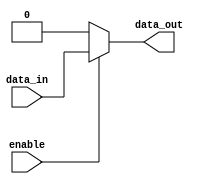
module buffer_with_enable(
    input wire data_in,
    input wire enable,
    output reg data_out
);

always @(*) begin
    if (enable) begin
        data_out = data_in;
    end else begin
        data_out = 1'b0; // output held at constant value when enable signal is low
    end
end

endmodule